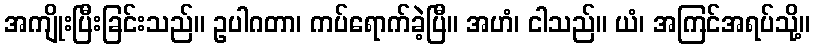
အကျိုးပြီးခြင်းသည်။ ဥပါဂတာ၊ ကပ်ရောက်ခဲ့ပြီ။ အဟံ၊ ငါသည်။ ယံ၊ အကြင်အရပ်သို့။